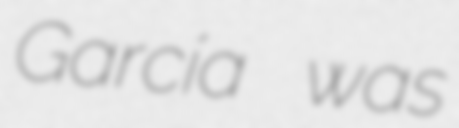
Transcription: García was